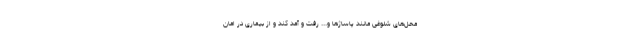
محل‌های شلوغی مانند پاساژها و... رفت و آمد کند و از بیماری در امان